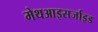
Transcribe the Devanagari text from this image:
मेथआइसर्जाइड